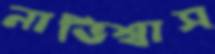
নাভিশ্বাস